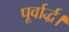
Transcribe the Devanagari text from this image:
पूर्वार्द्ध।